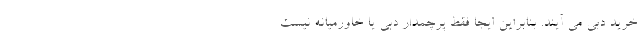
خرید دبی می آیند. بنابراین ایجا فقط پرچمدار دبی یا خاورمیانه نیست